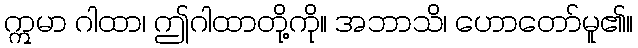
ဣမာ ဂါထာ၊ ဤဂါထာတို့ကို။ အဘာသိ၊ ဟောတော်မူ၏။